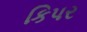
કિપર